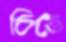
চিত্তে